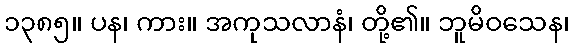
၁၃၈၅။ ပန၊ ကား။ အကုသလာနံ၊ တို့၏။ ဘူမိဝသေန၊